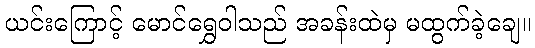
ယင်းကြောင့် မောင်ရွှေဝါသည် အခန်းထဲမှ မထွက်ခဲ့ချေ။